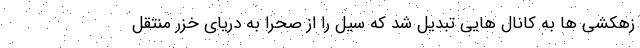
زهکشی ها به کانال هایی تبدیل شد که سیل را از صحرا به دریای خزر منتقل